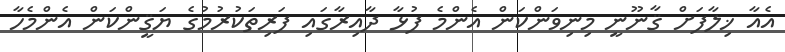
އެއާ ޚިލާފަށް ޤާނޫނީ މިނިވަންކަން އެންމެ ފުޅާ ދާއިރާގައި ފަރިތަކުރުމުގެ ޔަޤީންކަން އެންމެހާ